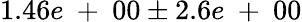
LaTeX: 1.46e\mathrm{~+~}00\pm 2.6e\mathrm{~+~}00